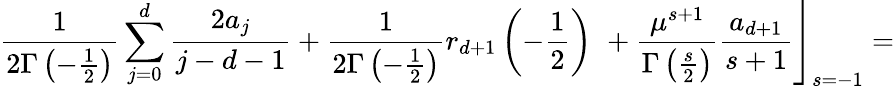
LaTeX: \frac 1{2\Gamma\left(-\frac 12\right)}\sum_{j=0}^{d}\frac{2a_{j}}{j-d-1}+\frac 1{2\Gamma\left(-\frac 12\right)}r_{d+1}\left(-\frac 12\right)\, \, +\left.\frac{\mu^{s+1}}{\Gamma\left(\frac s2\right)}\frac{a_{d+1}}{s+1}\right\rfloor_{s=-1}=